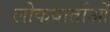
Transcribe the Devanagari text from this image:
लोकवार्ताओं